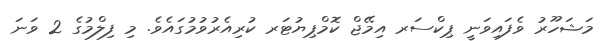
މަޝަހޫރު ވެފައިވަނީ ޕިކްސަރ އިމޭޖް ކޮމްޕިޔުޓަރ ކުރިއެރުވުމުގައެވެ. މި ފިލްމުގެ 2 ވަނަ